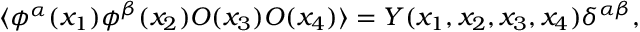
\langle \phi ^ { \alpha } ( x _ { 1 } ) \phi ^ { \beta } ( x _ { 2 } ) O ( x _ { 3 } ) O ( x _ { 4 } ) \rangle = Y ( x _ { 1 } , x _ { 2 } , x _ { 3 } , x _ { 4 } ) \delta ^ { \alpha \beta } ,